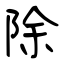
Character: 除